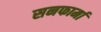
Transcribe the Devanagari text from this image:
सनफार्मा